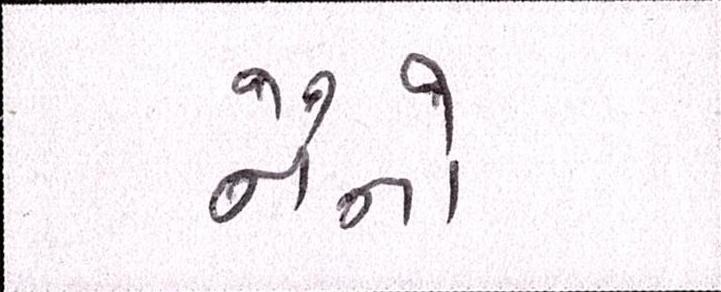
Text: નૈનોં